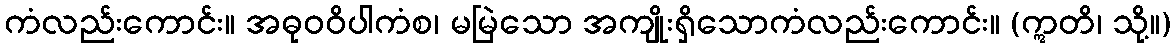
ကံလည်းကောင်း။ အဓုဝဝိပါကံစ၊ မမြဲသော အကျိုးရှိသောကံလည်းကောင်း။ (ဣတိ၊ သို့။)